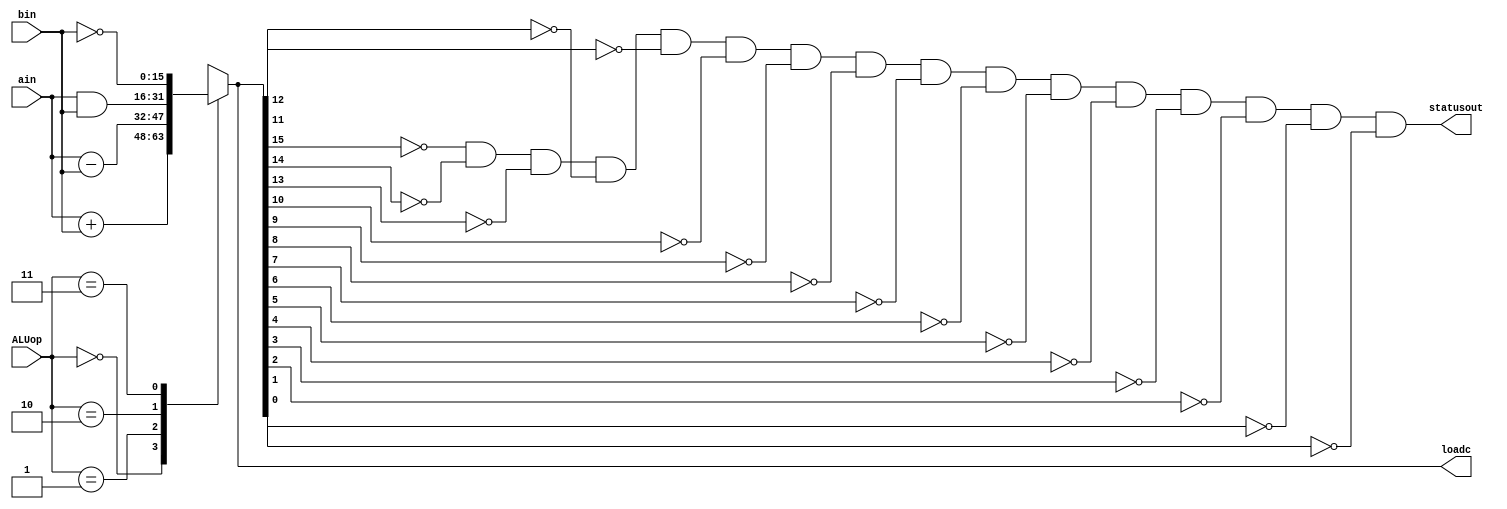
module ALU (ain, bin, ALUop, loadc, statusout);
  input  [15:0] ain,bin;
  input  [1:0]  ALUop;
  output [15:0] loadc;
  output statusout;
  reg [15:0] loadc;

  always @(*) begin
    case(ALUop)
      2'b00 : {loadc}={ain+bin};
      2'b01 : {loadc}={ain-bin};
      2'b10 : {loadc}={ain & bin};
      2'b11 : {loadc}={~bin};
    endcase
  end
  assign statusout = {~loadc[15]& ~loadc[14]& ~loadc[13]& ~loadc[12]& ~loadc[11]&
                      ~loadc[10]& ~loadc[9]& ~loadc[8]& ~loadc[7]& ~loadc[6]& ~loadc[5]&
                      ~loadc[4]& ~loadc[3]& ~loadc[2]& ~loadc[1]& ~loadc[0]};
endmodule


module ALU_tb();
  reg  [15:0] ain,bin;
  reg  [1:0]  ALUop;
  wire [15:0] loadc;
  wire statusout;

  ALU dut(ain,bin,ALUop,loadc,statusout);

  initial begin
    ain=16'b1000100010001001;
    bin=16'b0010001000100001;
    ALUop=2'b00;
    #100

    ain=16'b0000100001001110;
    bin=16'b0000100001000111;
    ALUop=2'b01;
    #100

    ain=16'b0111010010110011;
    bin=16'b0111010100101100;
    ALUop=2'b10;
    #100

    ain=16'b0100001010001010;
    bin=16'b0100010001101100;
    ALUop=2'b11;
    #100

    ain=16'b0100001010001010;
    bin=16'b0000000000000000;
    ALUop=2'b10;
    #100

    ain=16'b0010010010010010;
    bin=16'b0010010010010010;
    ALUop=2'b01;
    #100;
  end
endmodule